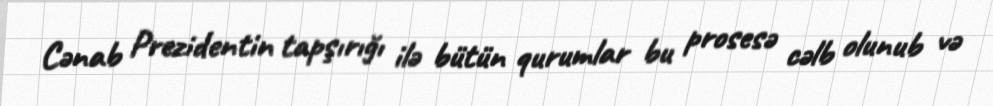
Cənab Prezidentin tapşırığı ilə bütün qurumlar bu prosesə cəlb olunub və